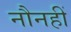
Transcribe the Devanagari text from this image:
नौनहीं